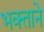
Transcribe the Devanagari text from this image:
भक्‍ताने